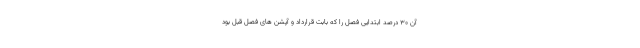
آن ۳۰ درصد ابتدایی فصل را که بابت قرارداد و آپشن های فصل قبل بود